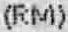
(RM)